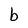
Character: b